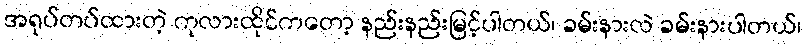
အရုပ်တပ်ထားတဲ့ ကုလားထိုင်ကတော့ နည်းနည်းမြင့်ပါတယ်၊ ခမ်းနားလဲ ခမ်းနားပါတယ်၊